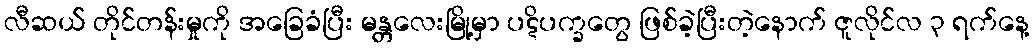
လီဆယ် တိုင်တန်းမှုကို အခြေခံပြီး မန္တလေးမြို့မှာ ပဋိပက္ခတွေ ဖြစ်ခဲ့ပြီးတဲ့နောက် ဇူလိုင်လ ၃ ရက်နေ့